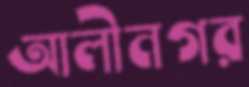
আলীনগর